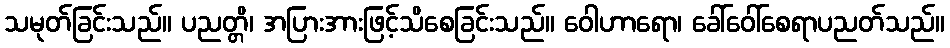
သမုတ်ခြင်းသည်။ ပညတ္တိ၊ အပြားအားဖြင့်သိစေခြင်းသည်။ ဝေါဟာရော၊ ခေါ်ဝေါ်စေရာပညတ်သည်။